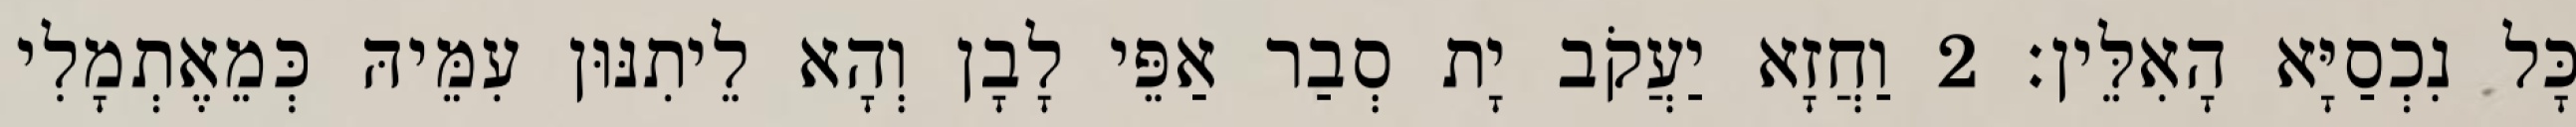
כָּל נִכְסַיָּא הָאִלֵּין׃ 2 וַחֲזָא יַעֲקֹב יָת סְבַר אַפֵּי לָבָן וְהָא לֵיתִנּוּן עִמֵּיהּ כְּמֵאֶתְמָלִי